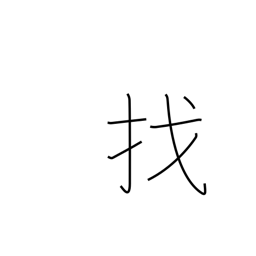
Meaning: make change